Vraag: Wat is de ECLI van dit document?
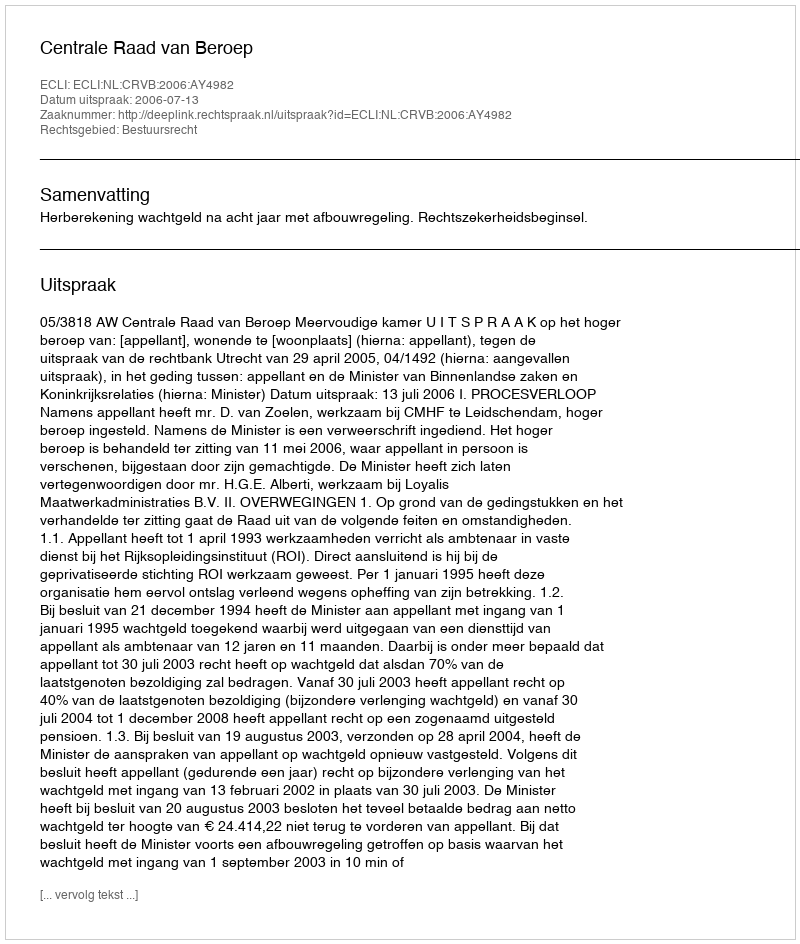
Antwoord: ECLI:NL:CRVB:2006:AY4982